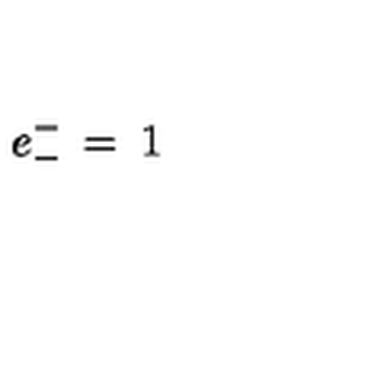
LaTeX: e _ { - } ^ { - } \: = \: 1 \ \